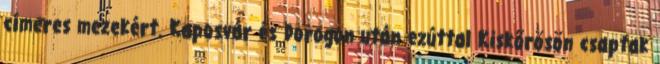
címeres mezekért. Kaposvár és Dorogon után ezúttal Kiskőrösön csaptak